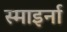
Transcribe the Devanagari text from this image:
स्माइर्ना